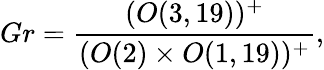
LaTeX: Gr=\frac{(O(3,19))^{+}}{(O(2)\times O(1,19))^{+}},